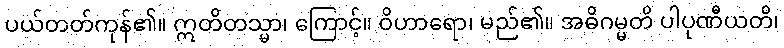
ပယ်တတ်ကုန်၏။ ဣတိတသ္မာ၊ ကြောင့်။ ဝိဟာရော၊ မည်၏။ အဓိဂမ္မတိ ပါပုဏီယတိ၊